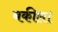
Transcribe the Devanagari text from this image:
बकील।